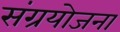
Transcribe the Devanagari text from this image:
संग्रयोजना